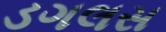
ડગલસ